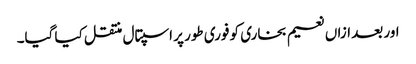
اور بعد ازاں نعیم بخاری کو فوری طور پر اسپتال منتقل کیا گیا۔